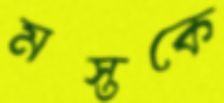
মস্তকে